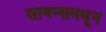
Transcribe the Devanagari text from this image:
सायन्समधून